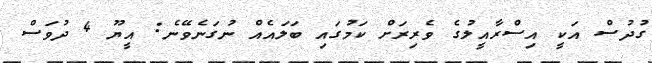
ގުދުސް އަކީ އިސްރާއީލުގެ ވެރިރަށް ކަމުގައި ބަލައެއް ނުގަނެވޭނެ: އީޔޫ 4 ދުވަސް